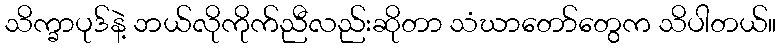
သိက္ခာပုဒ်နဲ့ ဘယ်လိုကိုက်ညီလည်းဆိုတာ သံဃာတော်တွေက သိပါတယ်။